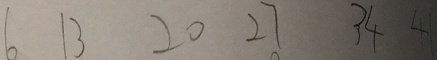
6 1 3 2 0 2 7 3 4 4 1